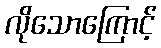
လိုသောကြောင့်